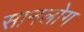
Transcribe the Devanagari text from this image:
सानलोग